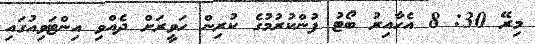
މިރޭ 30: 8 އެހާއިރު ބޯޓު ފުންކުރުމުގެ ކުރިން ހަވީރަށް ދެއްވި އިންޓަވިއުގައި